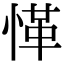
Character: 愅